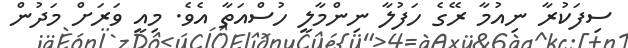
ސިފަކުރާ ނިއުމާ ރޭގެ ހަފުލާ ނިންމާލީ ހުސްއަތާ އެވެ. މިއީ ވަރަށް މަދުން